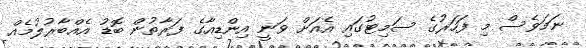
ނަމަވެސް މި ފަހަރުގެ ސަމިޓުގައި އެއަށް ވަނީ އިންޑިއާގެ ފަރާތުން ބޮޑު އެއްބާރުލުމެއް